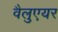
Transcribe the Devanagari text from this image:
वैलुएयर